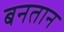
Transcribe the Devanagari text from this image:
बनतान